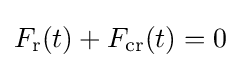
F_{\text{r}}(t)+F_{\text{cr}}(t)=0